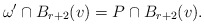
\begin{align*} \omega'\cap B_{r+2}(v) = P\cap B_{r+2}(v).\end{align*}